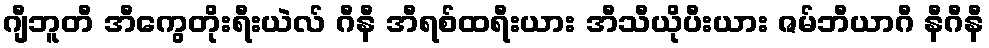
ဂျီဘူတီ အီကွေတိုးရီးယဲလ် ဂီနီ အီရစ်ထရီးယား အီသီယိုပီးယား ဇမ်ဘီယာဂီ နီဂီနီ